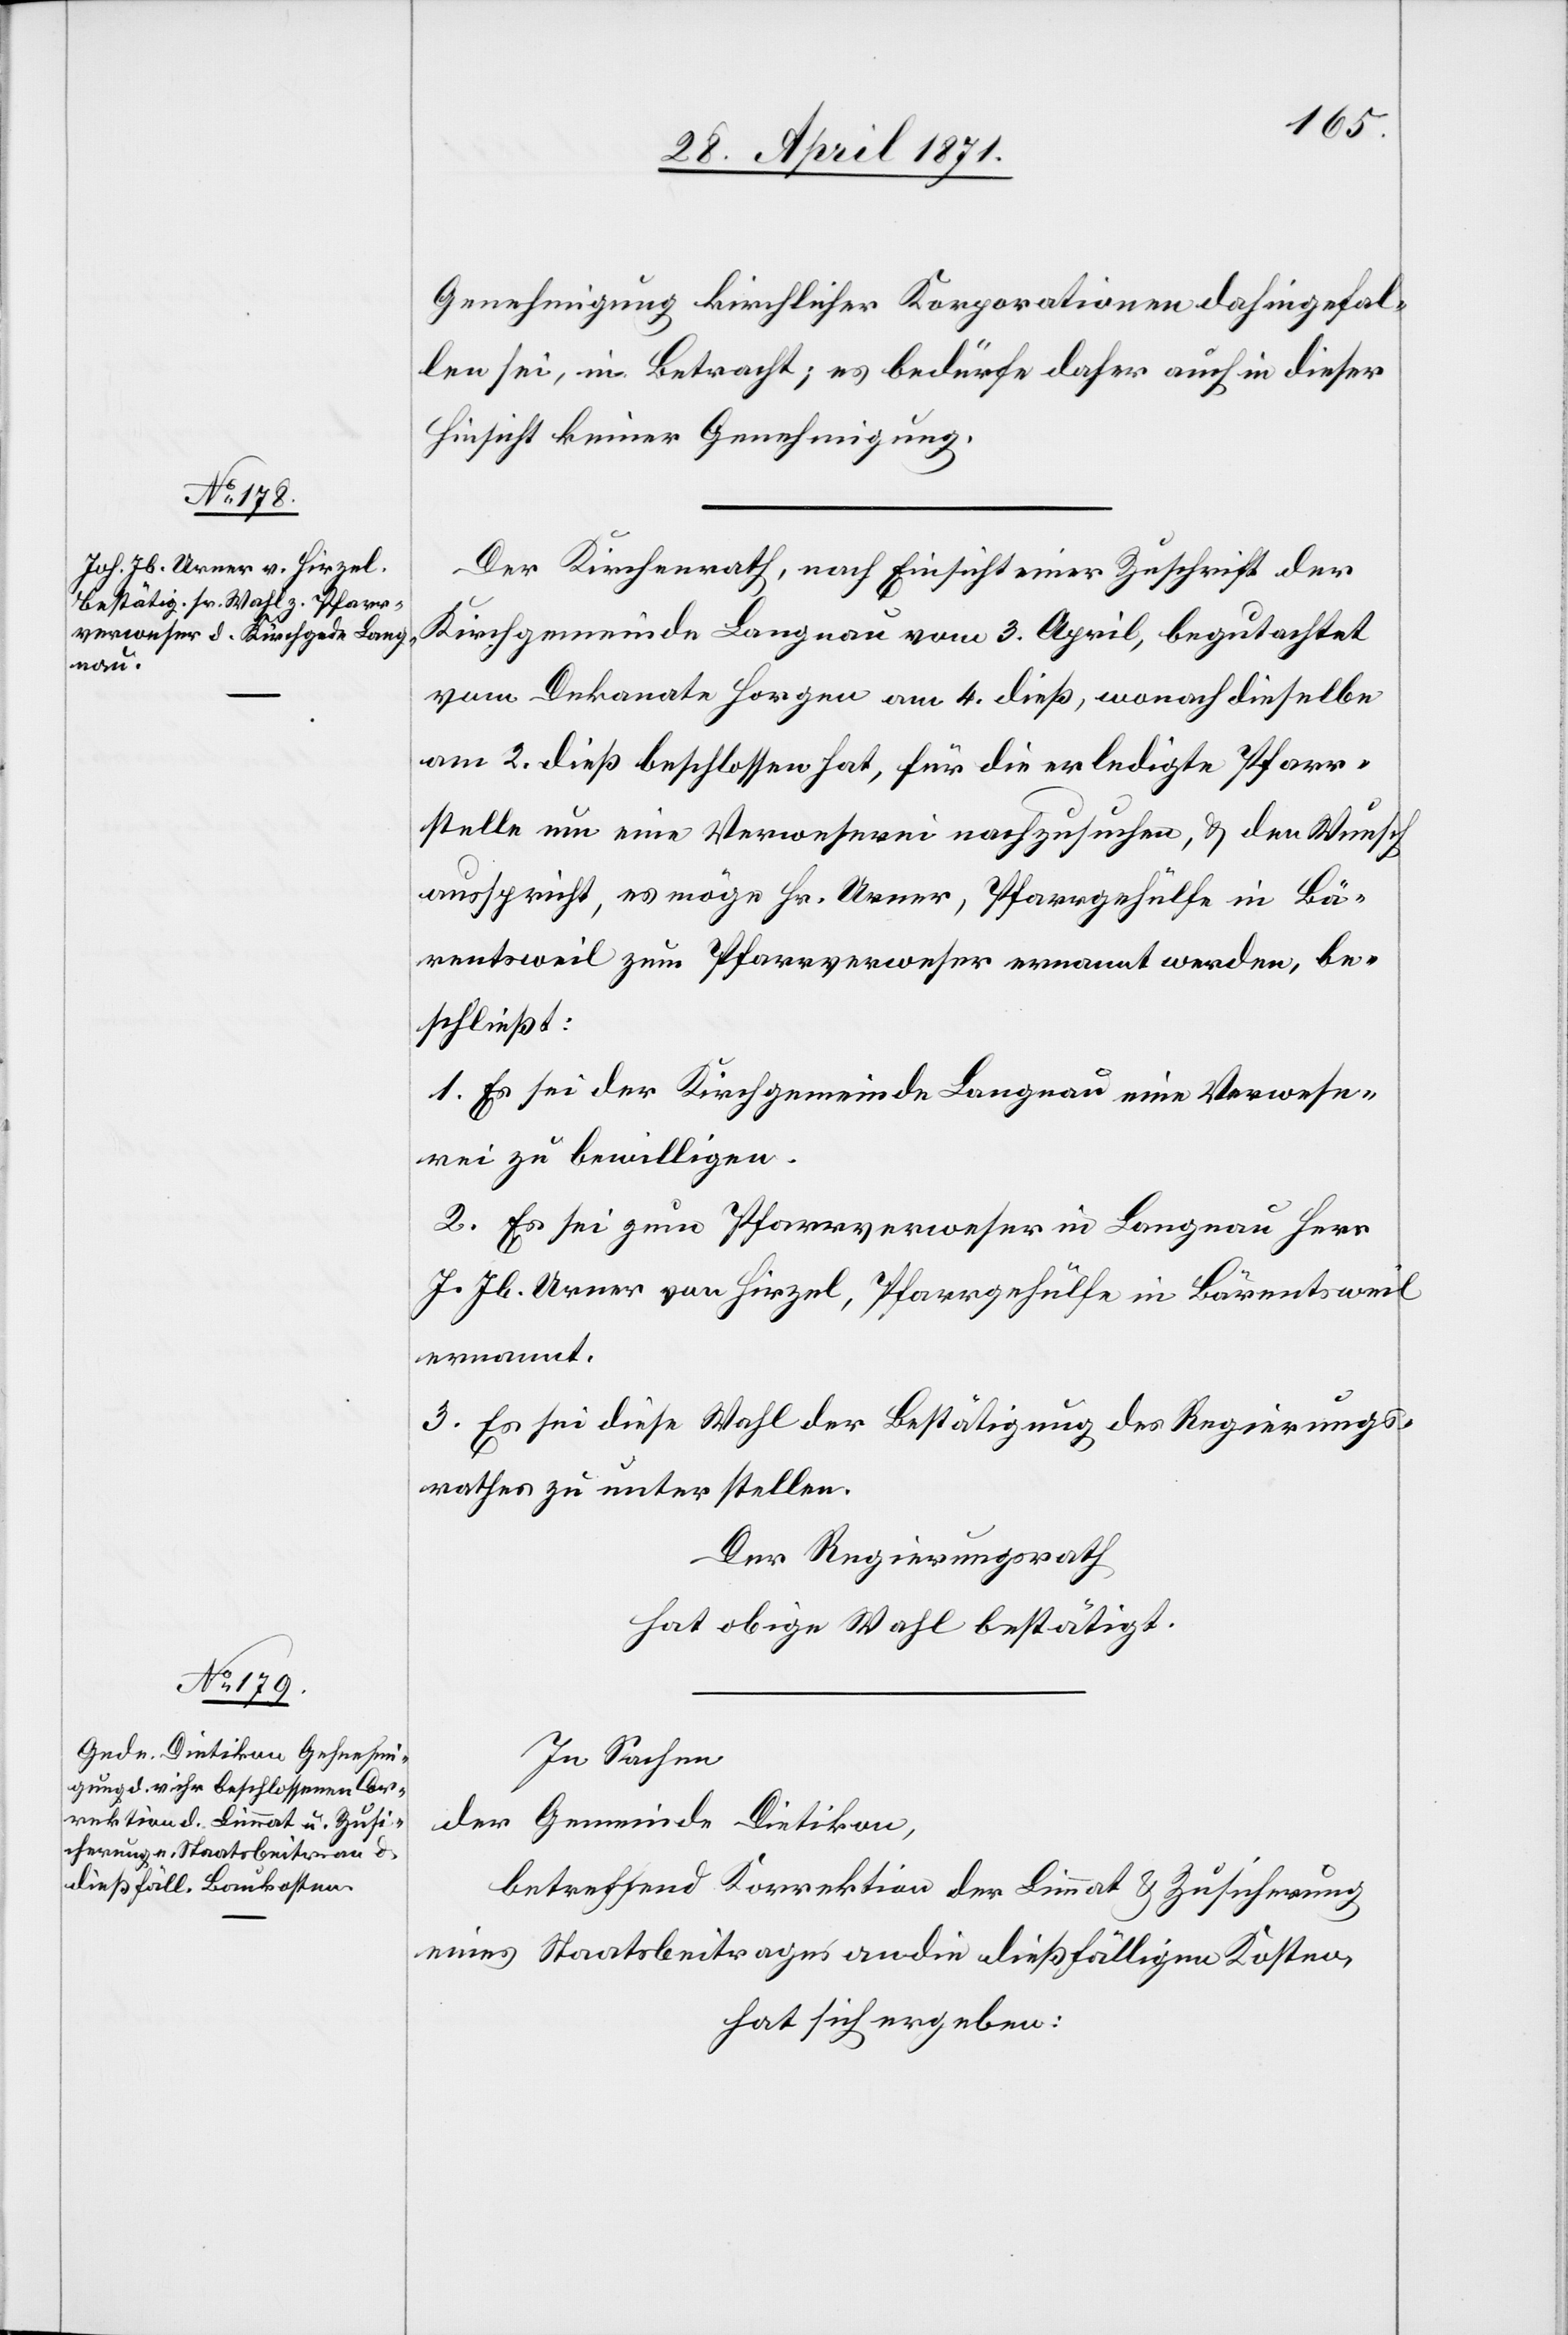
Genehmigung kirchlicher Korporationen dahingefal¬
len sei, in Betracht; es bedürfe daher auch in dieser
Hinsicht keiner Genehmigung.
Der Kirchenrath, nach Einsicht einer Zuschrift der
Kirchgemeinde Langnau vom 3. April, begutachtet
vom Dekanate Horgen am 4. dieß, wonach dieselbe
am 2. dieß beschlossen hat, für die erledigte Pfarr¬
stelle um eine Verweserei nachzusuchen, u. den Wunsch
ausspricht, es möge Hr. Urner, Pfarrgehülfe in Bä¬
rentsweil zum Pfarrverweser ernannt werden, be¬
schließt:
1. Es sei der Kirchgemeinde Langnau eine Verwese¬
rei zu bewilligen.
2. Es sei zum Pfarrverweser in Langnau Herr
J. Jb. Urner von Hirzel, Pfarrgehülfe in Bärentsweil
ernannt.
3. Es sei diese Wahl der Bestätigung des Regierungs¬
rathes zu unterstellen.
Der Regierungsrath
hat obige Wahl bestätigt.
In Sachen
der Gemeinde Dietikon,
betreffend Korrektion der Limmat u. Zusicherung
eines Staatsbeitrages an die dießfälligen Kosten,
hat sich ergeben: